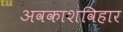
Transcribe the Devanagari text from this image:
अवकाशविहार